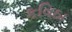
કવિઠા